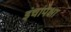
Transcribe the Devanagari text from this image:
इंचांपेक्षा